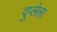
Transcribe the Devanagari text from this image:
दुप्लेला